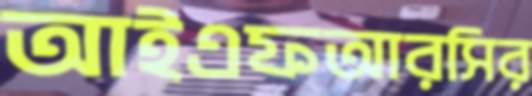
আইএফআরসির